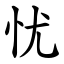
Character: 忧